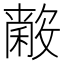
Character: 𱶢